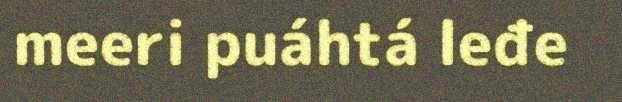
meeri puáhtá leđe